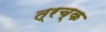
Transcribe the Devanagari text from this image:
त्रच्क